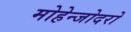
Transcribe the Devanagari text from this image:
मोहेन्जोदरो